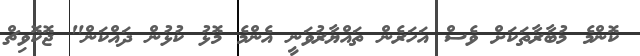
ކޮންމެ މުބާރާތަކަށް ވެސް އަހަރެން ތައްޔާރުވަނީ އެންމެ މޮޅު ކުޅުން ދައްކަން" ޖޮކޮވިޗް